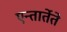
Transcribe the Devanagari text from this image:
एन्तार्तेते